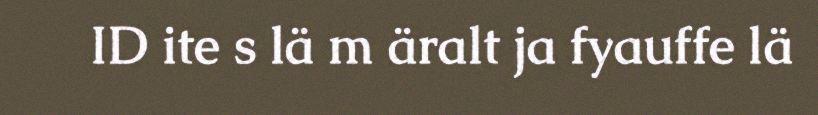
ID ite s lä m äralt ja fyauffe lä